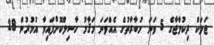
ޖަލަކް ދިކުލާޖާގެ 5 ވަނަ މުބާރާތުގެ އެއްވަނަ މަޤާމު ހާސިލްކޮށްފައިވާ އުމުރުން 28